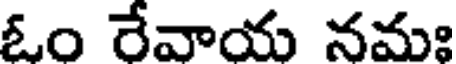
ఓం రేవాయ నమః